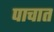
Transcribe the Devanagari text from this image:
पाचात